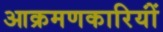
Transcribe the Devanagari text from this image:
आक्रमणकारियोंं